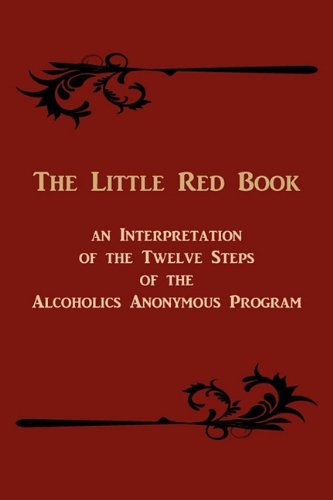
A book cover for The Little Red Book. an Interpretation of the Twelve Steps of the Alcoholics Anonymous Program; Bill W; Health, Fitness & Dieting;